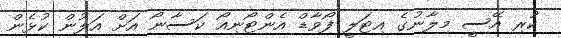
ކުރި އޭސީ މިލާނުގެ އިޓަލީ ފޯވާޑް އެންޓޯނިއޯ ކަސާނޯ އަށް އަލުން ކުޅެން